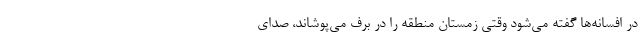
در افسانه‌ها گفته می‌شود وقتی زمستان منطقه را در برف می‌پوشاند، صدای